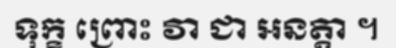
ទុក្ខ ព្រោះ វា ជា អនត្តា ។